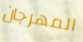
المهرجان